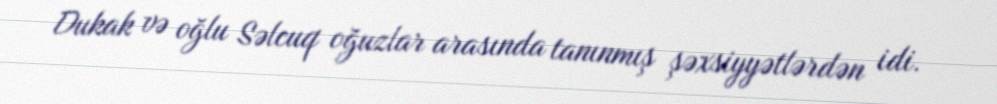
Dukak və oğlu Səlcuq oğuzlar arasında tanınmış şəxsiyyətlərdən idi.